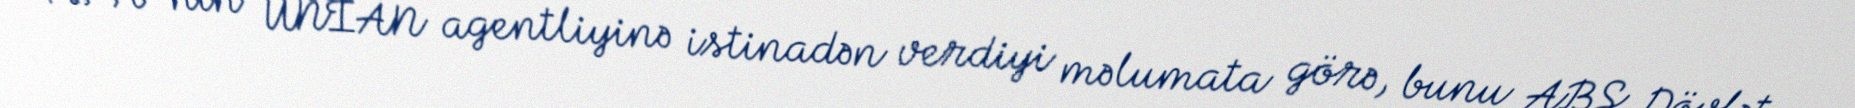
APA-nın UNİAN agentliyinə istinadən verdiyi məlumata görə, bunu ABŞ Dövlət